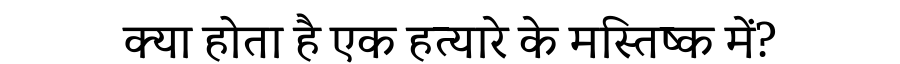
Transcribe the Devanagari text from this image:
क्या होता है एक हत्यारे के मस्तिष्क में?